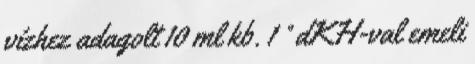
vízhez adagolt 10 ml kb. 1 ° dKH-val emeli